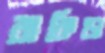
বাকিডা